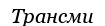
Трансми